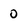
Character: 0